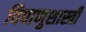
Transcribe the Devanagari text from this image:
विषाणुशास्त्री